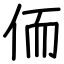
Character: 侕